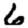
Digit: 6